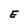
Character: E